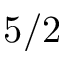
5 / 2